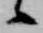
候